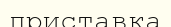
приставка